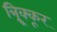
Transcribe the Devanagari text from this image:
त्र्र्र्रिक्कूर